Leaving Certificate Examination (including Day School Certificate (Higher) General paper), 1939
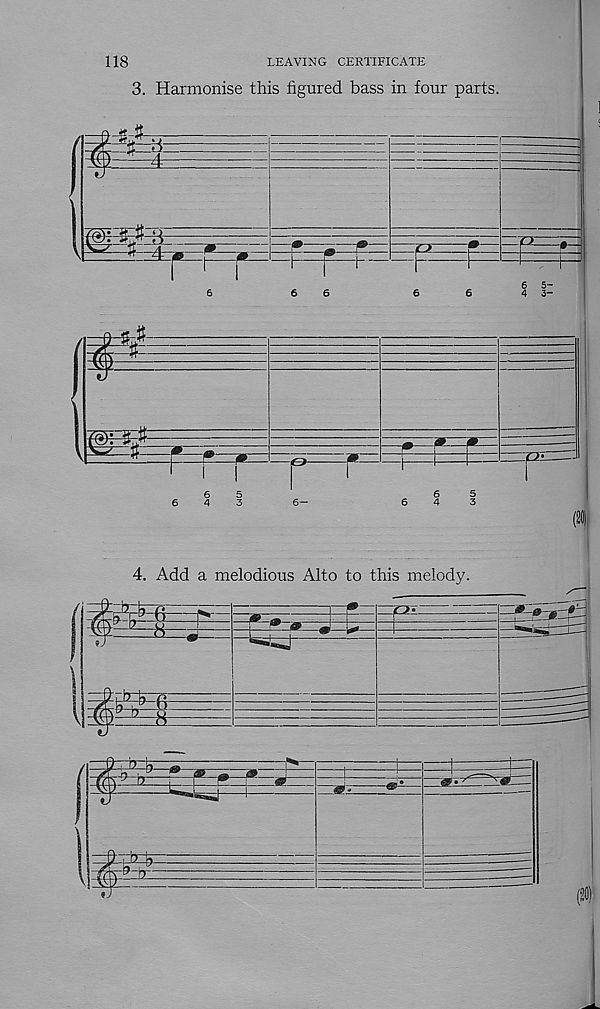
118
LEAVING CERTIFICATE
3. Harmonise this figured bass in four parts.
(i
4. Add a melodious Alto to this melody.